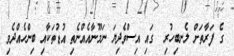
ގެ ފަރާތަށް ލެނބިހުރި  ގައި އިސްވެދިޔަ ނަމޫނާއެއްނެތި އުޑުތަކާއި ބިންހެއްދެވި